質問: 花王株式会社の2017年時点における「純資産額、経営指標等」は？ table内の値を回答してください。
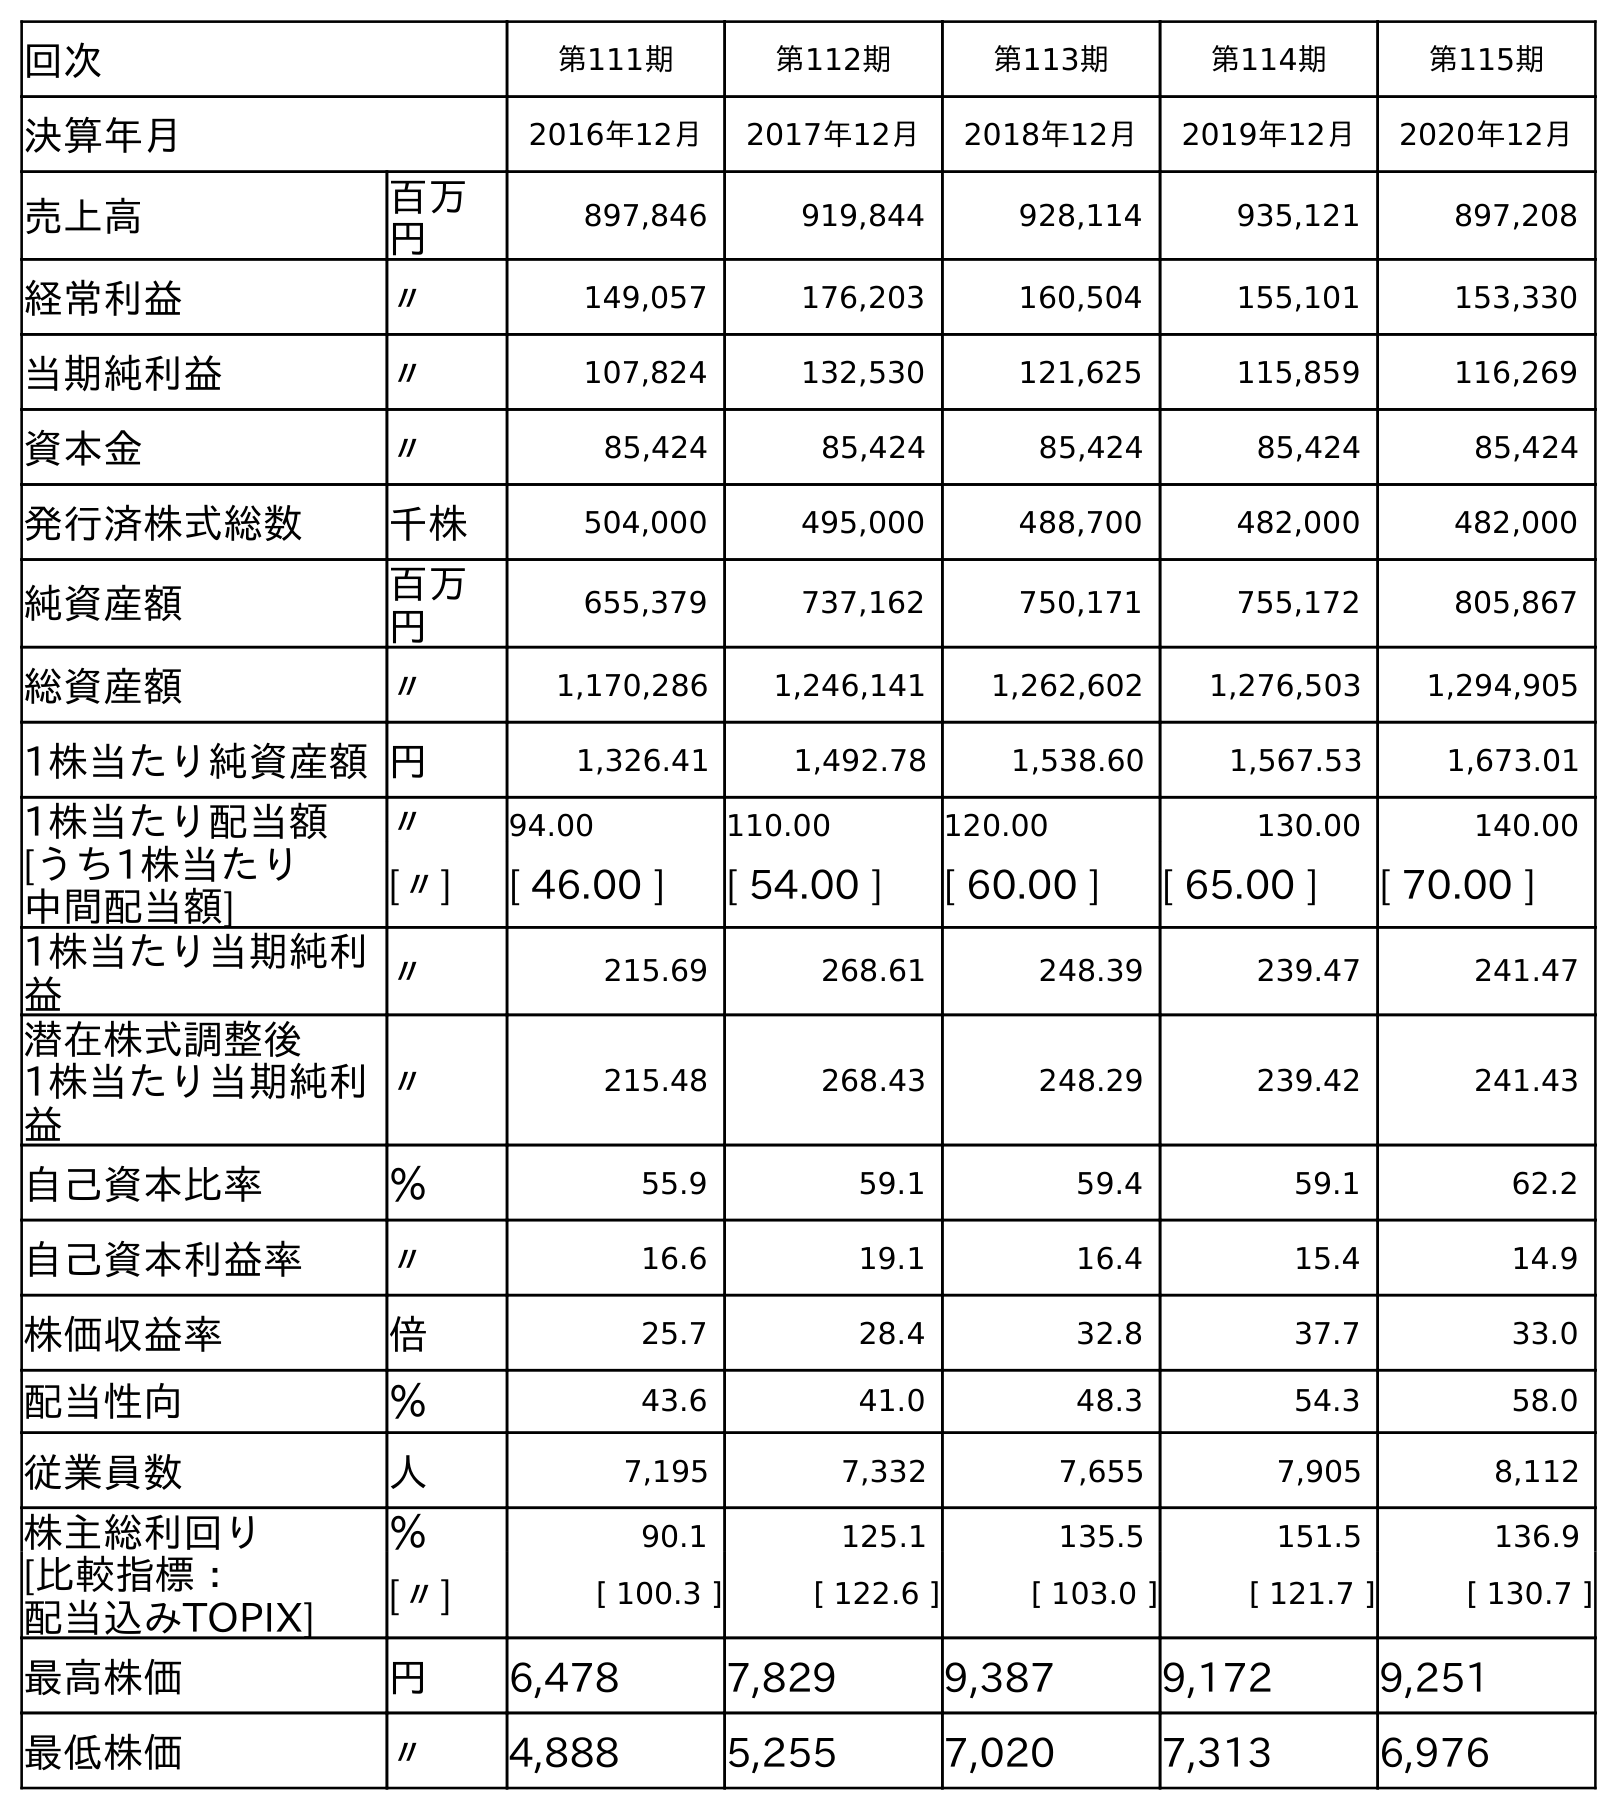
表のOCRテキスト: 回次 第111期 第112期 第113期 第114期 第115期 決算年月 2016年12月 2017年12月 2018年12月 2019年12月 2020年12月 売上高 百万 円 897,846 919,844 928,114 935,121 897,208 経常利益 〃 149,057 176,203 160,504 155,101 153,330 当期純利益 〃 107,824 132,530 121,625 115,859 116,269 資本金 〃 85,424 85,424 85,424 85,424 85,424 発行済株式総数 千株 504,000 495,000 488,700 482,000 482,000 純資産額 百万 円 655,379 737,162 750,171 755,172 805,867 総資産額 〃 1,170,286 1,246,141 1,262,602 1,276,503 1,294,905 1株当たり純資産額円 1,326.41 1,492.78 1,538.60 1,567.53 1,673.01 1株当たり配当額 〃 94.00 110.00 120.00 130.00 140.00 [うち1株当たり 中間配当額] [〃] [ 46.00 ] [ 54.00 ] [ 60.00 ] [ 65.00 ] [ 70.00 ] 1株当たり当期純利 益 〃 215.69 268.61 248.39 239.47 241.47 潜在株式調整後 1株当たり当期純利 益 〃 215.48 268.43 248.29 239.42 241.43 自己資本比率 ％ 55.9 59.1 59.4 59.1 62.2 自己資本利益率 〃 16.6 19.1 16.4 15.4 14.9 株価収益率 倍 25.7 28.4 32.8 37.7 33.0 配当性向 ％ 43.6 41.0 48.3 54.3 58.0 従業員数 人 7,195 7,332 7,655 7,905 8,112 株主総利回り ％ 90.1 125.1 135.5 151.5 136.9 [比較指標： 配当込みTOPIX] [〃] [ 100.3 ] [ 122.6 ] [ 103.0 ] [ 121.7 ] [ 130.7 ] 最高株価 円 6,478 7,829 9,387 9,172 9,251 最低株価 〃 4,888 5,255 7,020 7,313 6,976
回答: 737,162